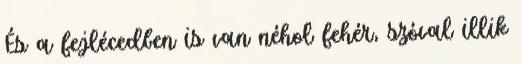
És a fejlécedben is van néhol fehér, szóval illik